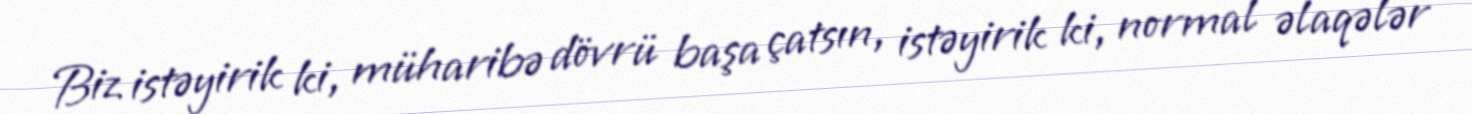
Biz istəyirik ki, müharibə dövrü başa çatsın, istəyirik ki, normal əlaqələr